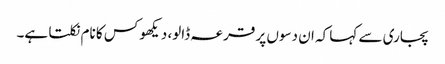
پجاری سے کہا کہ ان دسوں پر قرعہ ڈالو، دیکھو کس کا نام نکلتا ہے۔